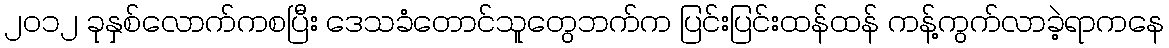
၂၀၁၂ ခုနှစ်လောက်ကစပြီး ဒေသခံတောင်သူတွေဘက်က ပြင်းပြင်းထန်ထန် ကန့်ကွက်လာခဲ့ရာကနေ